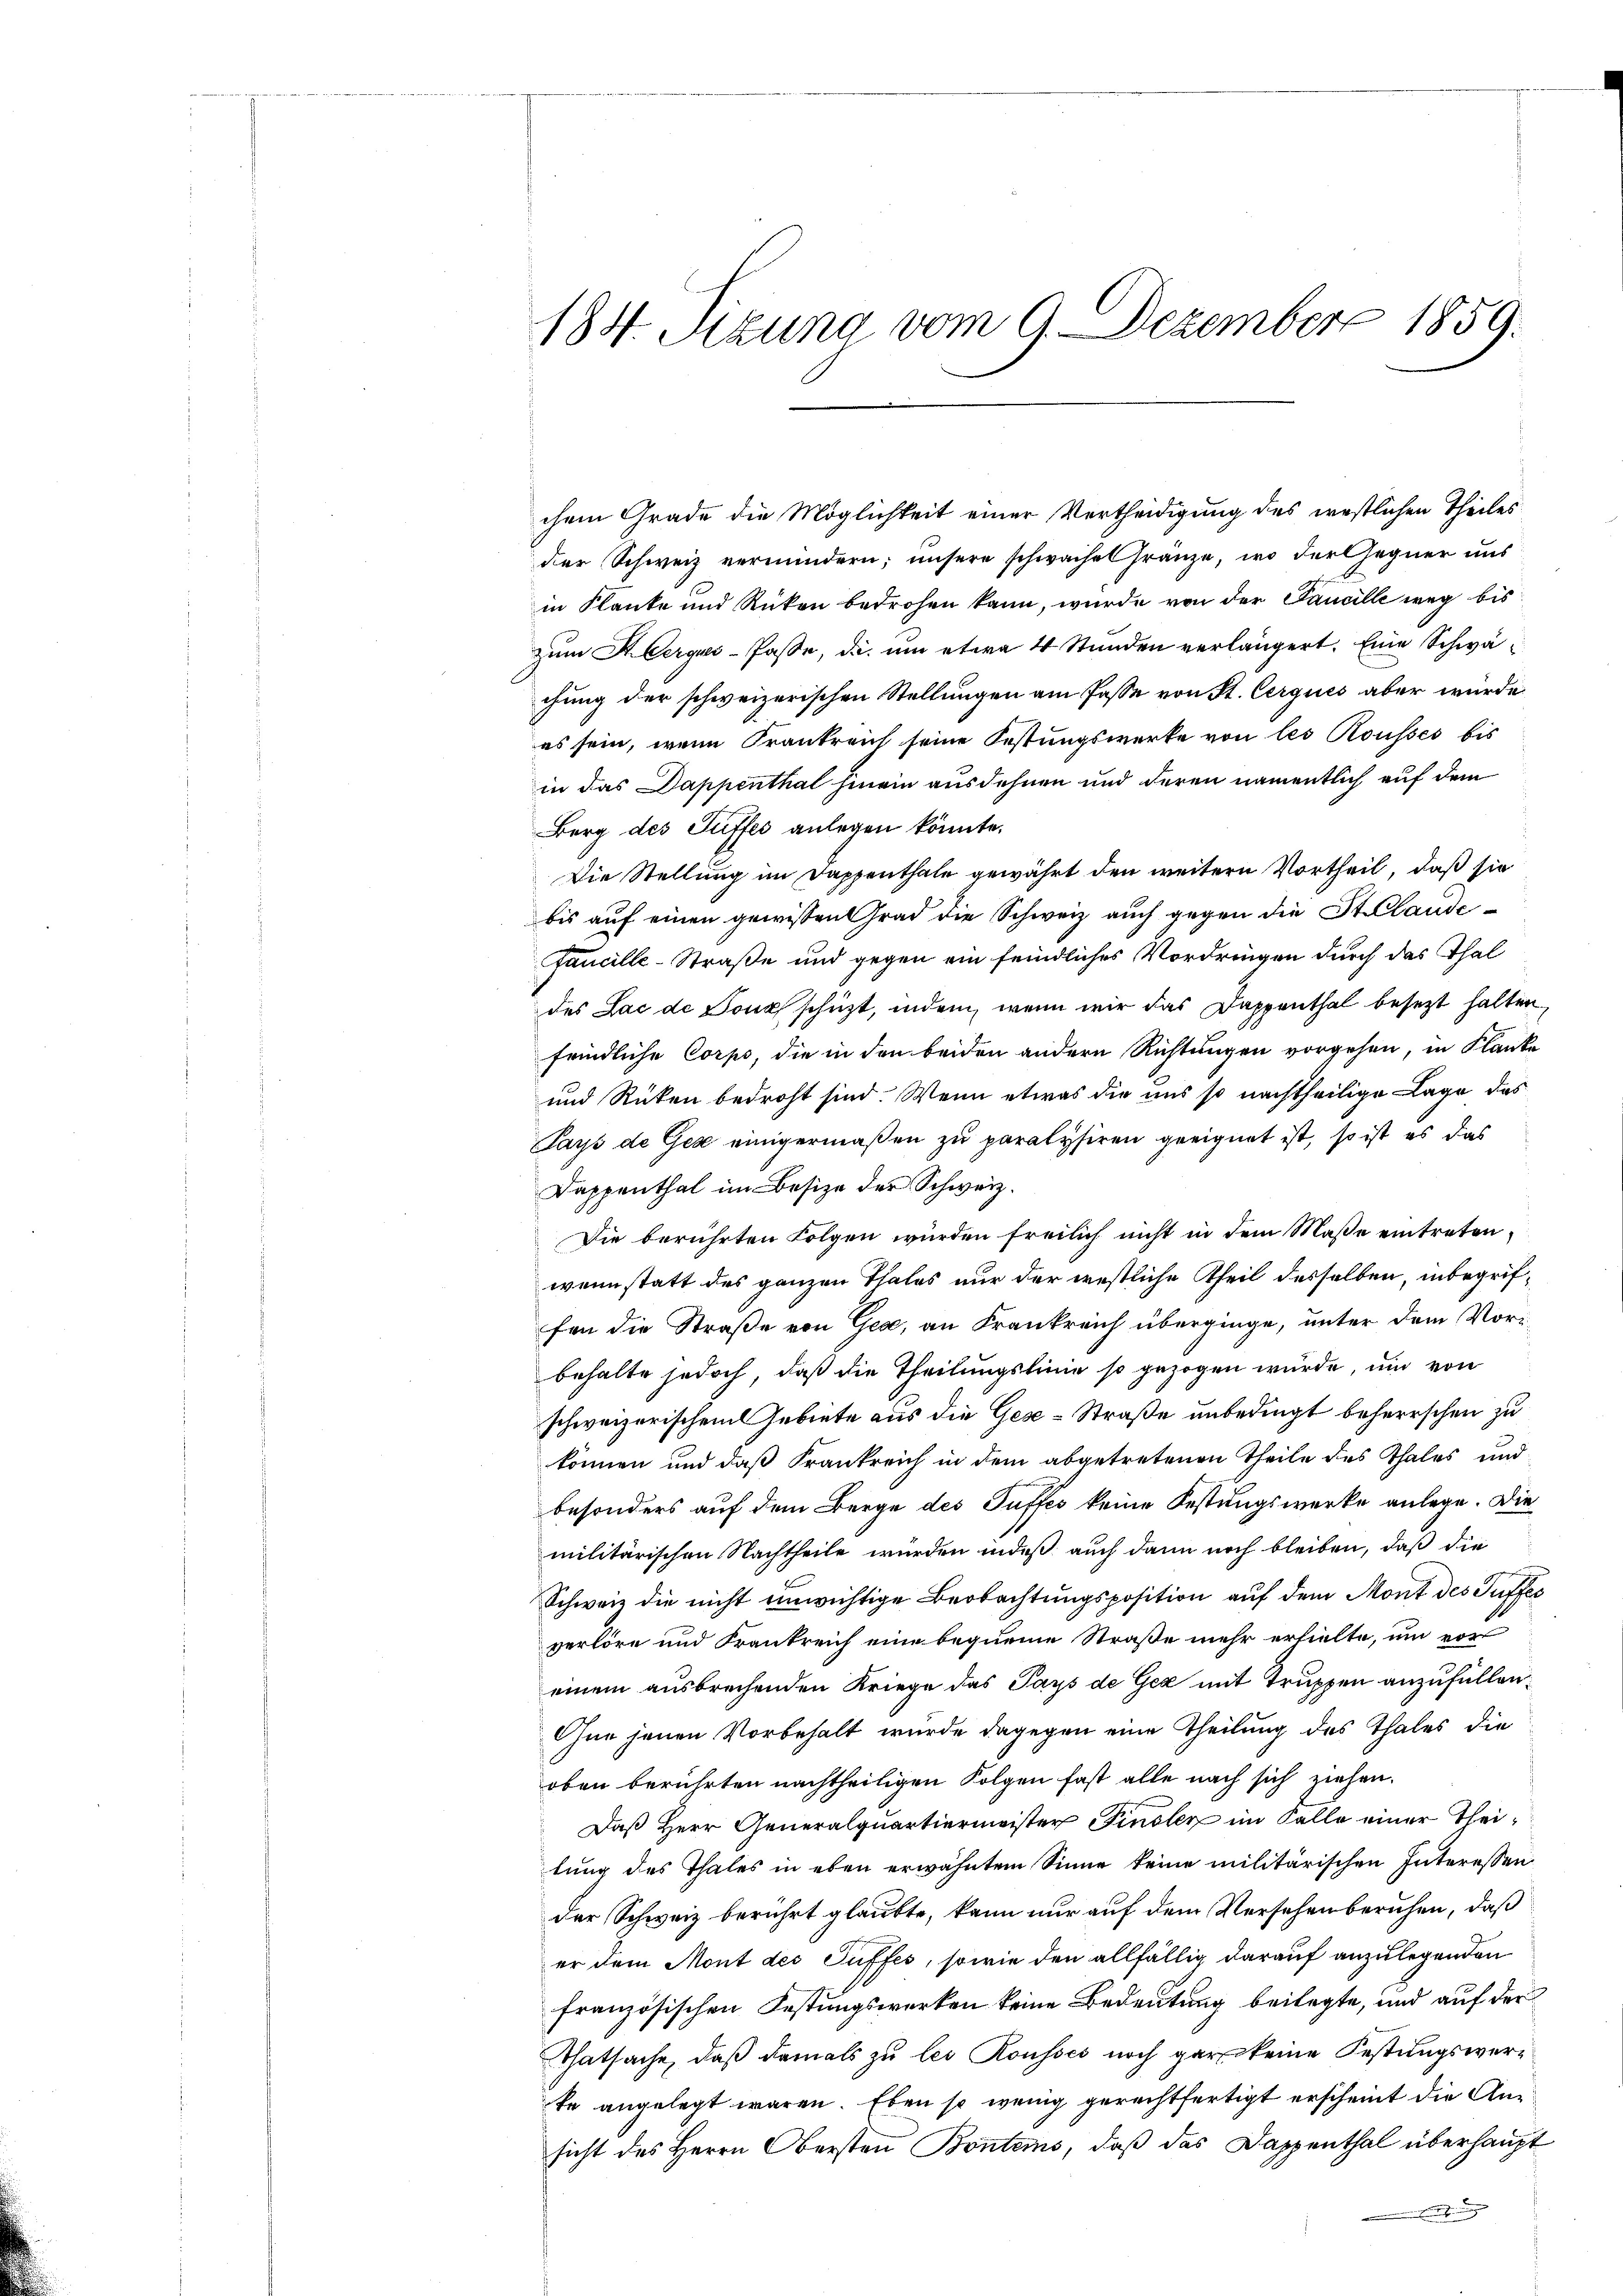
184. Sizung vom 9. Dezember 1859.

chem Grade die Möglichkeit einer Vertheidigung des westlichen Theiles
der Schweiz vermindern; unsere schwachel Franze, wo der Gegner uns
in Flanke und Rücken bedrohen kann, wurde von der Pancille weg bis
zum Heerques-Pässe, die um etwa 4 Stunden verlängert. Eine Schwächung der schweizerischen Stellungen am Pässe von St. Cerques aber würde
es sein, wenn Frankreich seine Festungswerke von les Rousses bis
in das Dappenthal hinein ausdehnen und deren namentlich auf dem
Berg des Suffes anlegen könnte.
Die Stellung im Dappenthale gewährt den weitern Vortheil, daß sie
bis auf einen gewissen Grad die Schweiz auch gegen die St Claudefaucille-Straße und gegen ein feindliches Vordringen durch das Thal
des Lac de Bona schüzt, indem, wenn wir das Dappenthal besezt halten,
feindliche Corps, die in den beiden andern Richtungen vorgehen, in Flanke
und Rücken bedroht sind. Wenn etwas die uns so nachtheilige Lage das
Pays de Gex einigermaßen zu paralysiren geeignet ist, so ist es das
Dappenthal im Besize der Schweiz.
Die berührten Folgen wurden freilich nicht in dem Maße eintreten,
wenn statt des ganzen Thales nur der westliche Theil desselben, inbegriffen die Straße von Gege, an Frankreich überginge, unter dem Vorbehalte jedoch, daß die Theilungslinie so gezogen würde, und von
schweizerischen Gebiete aus die Gese-Straße unbedingt beherrschen zu
können und daß Frankreich in dem abgetretenen Theile des Thales und
besonders auf dem Berge des Suffes keine Festungswerke anlege. Die
militärischen Nachtheile wurden indeß auch dann noch bleiben, daß die
Schweiz die nicht einwichtige Beobachtungsposition auf dem Mont des Puffes
verlöre und Frankreich eine bequeme Straße mehr erhielte, um vor
einem ausbrechenden Kriege das Pays de Gex mit Truppen anzufüllen.
Ohne jenen Vorbehalt wurde dagegen eine Theilung des Thales die
oben berührten nachtheiligen Folgen fast alle nach sich ziehen.
Daß Herr Generalquartiermeister Finsler im Falle einer Theilung des Thales in eben erwähntem Sinne keine militärischen Interessen
der Schweiz berührt glaubte, kann nur auf dem Versehenberuhen, daß
er dem Mont des Suffes, sowie den allfällig darauf anzulegenden
französischen Festungswerken keine Bedeutung beilegte, und auf der
Thatsache, daß damals zu les Rousses noch gar keine Festungsverte angelegt waren. Eben so wenig gerechtfertigt erscheint die Ansicht des Herrn Obersten Bontems, daß das Dappenthal überhaupt
unden der